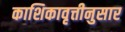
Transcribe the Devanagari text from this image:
काशिकावृत्तीनुसार